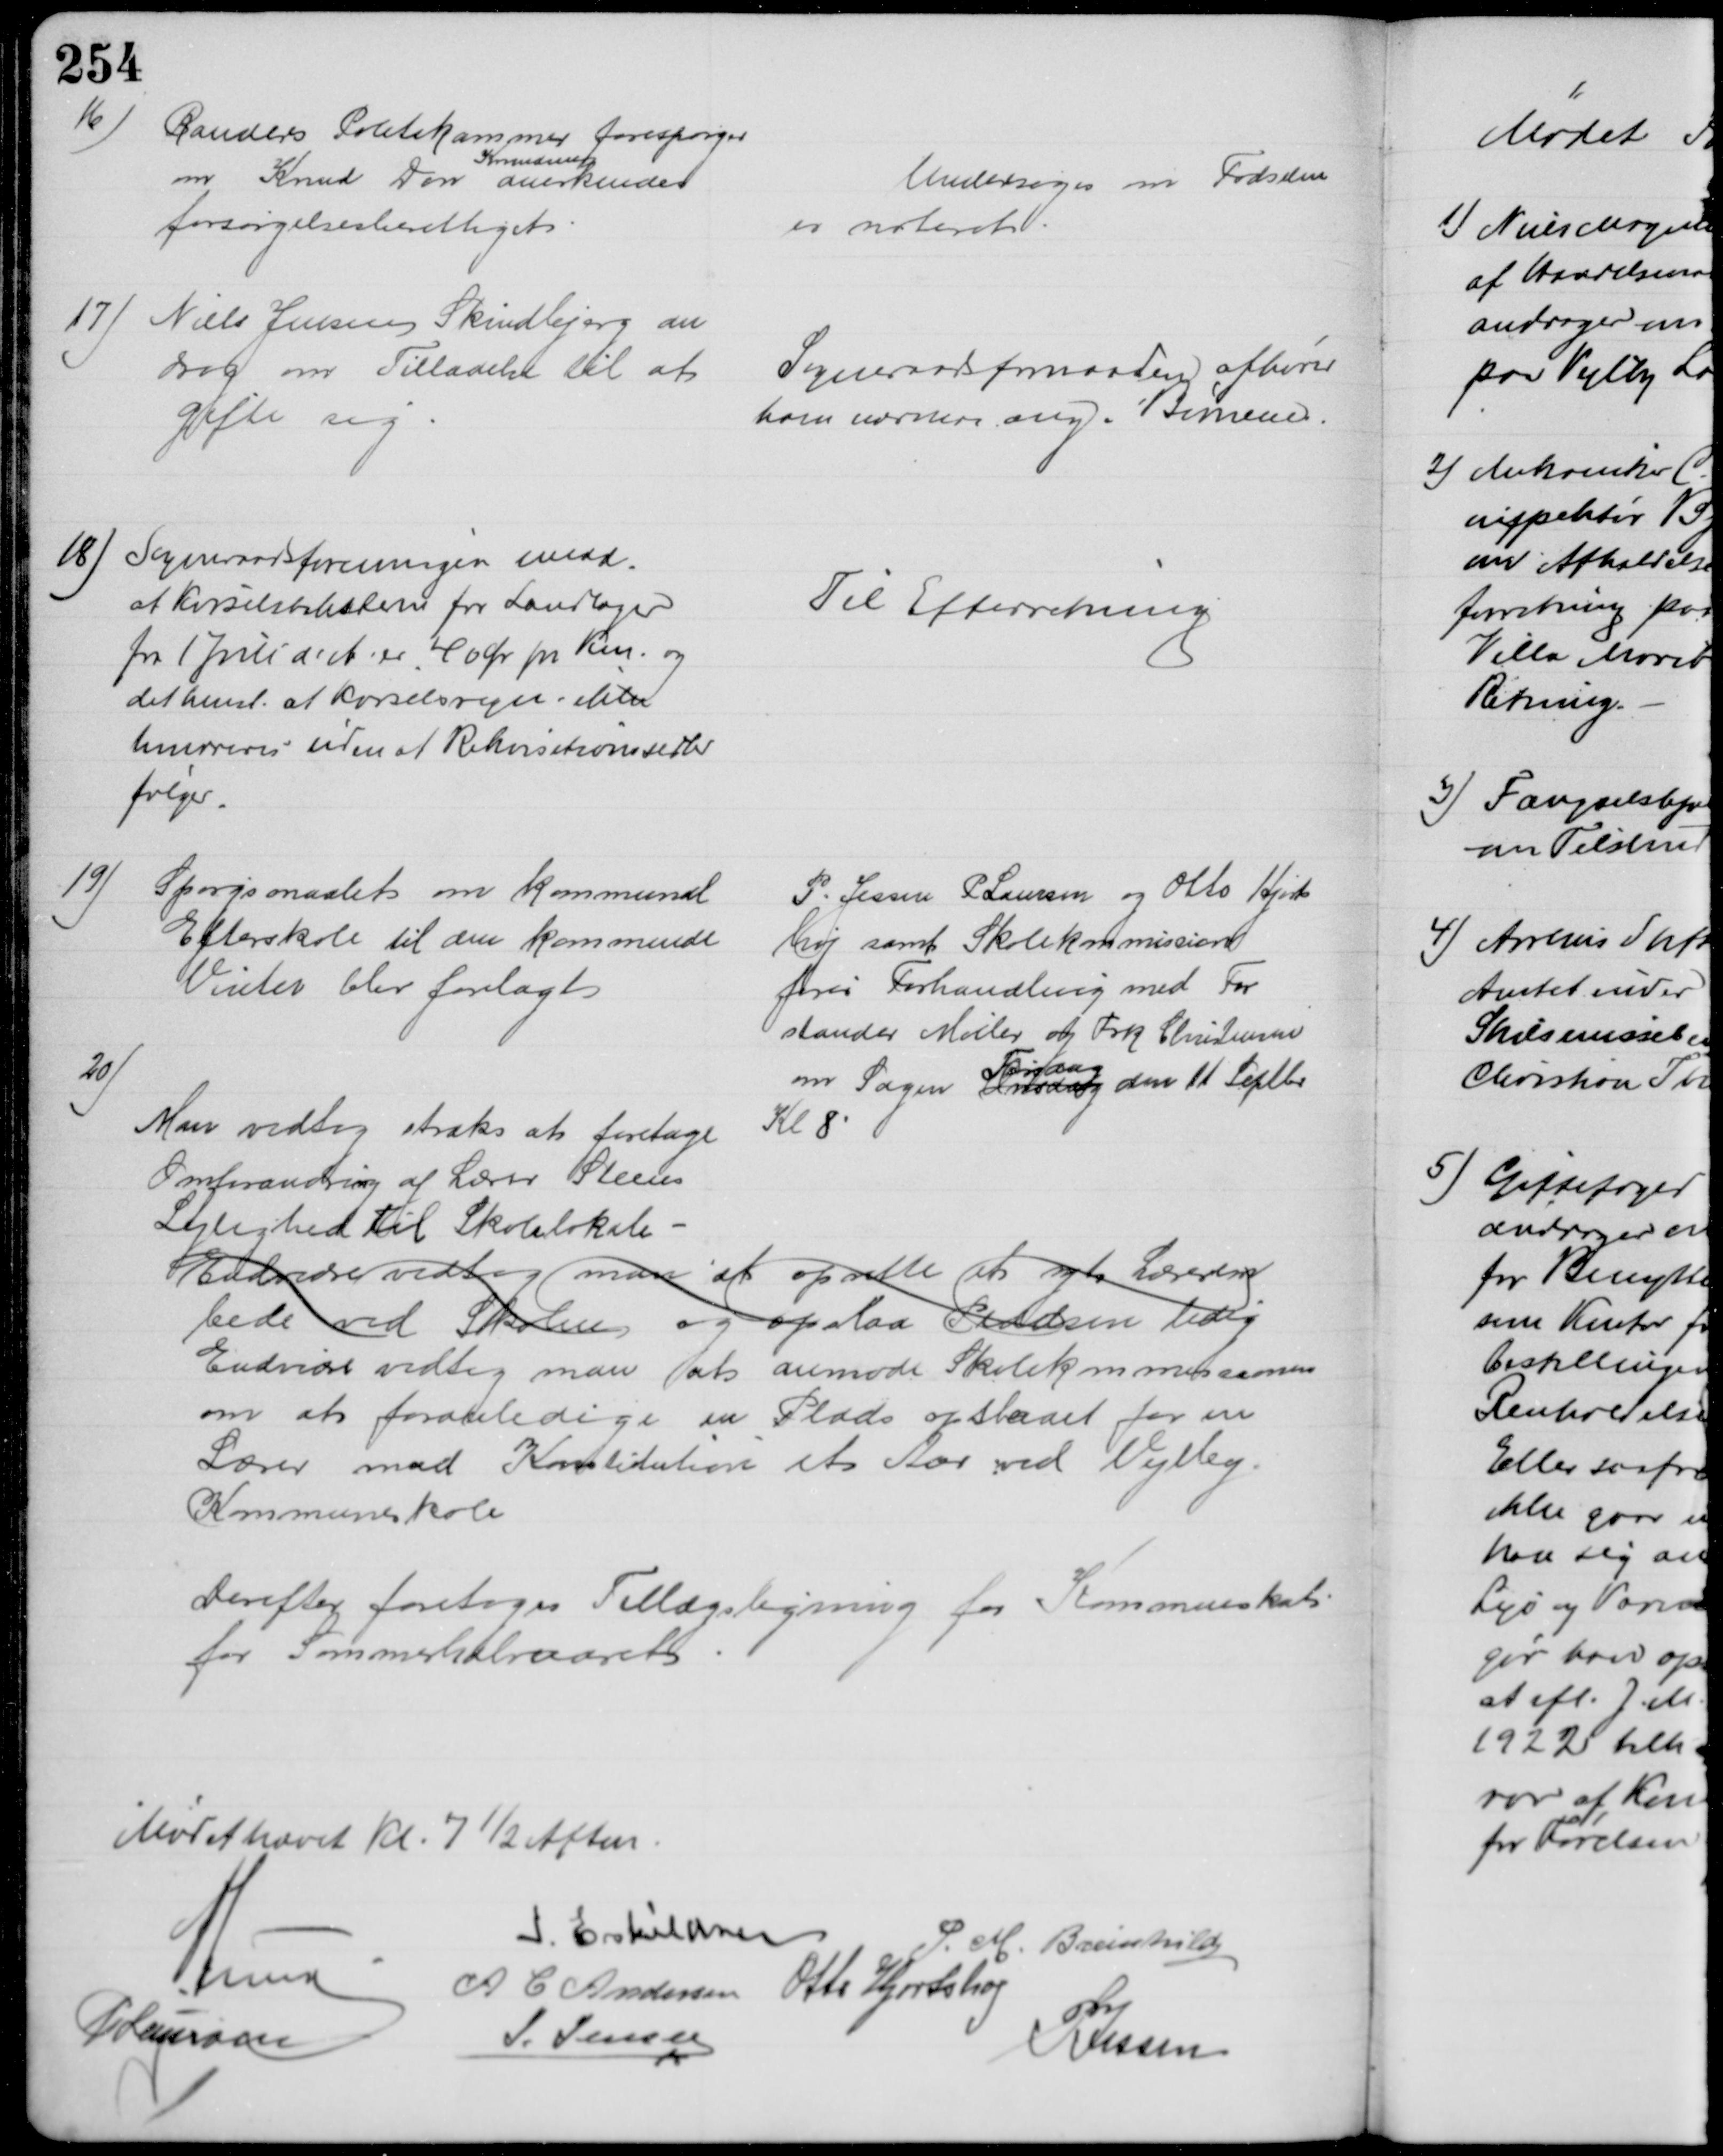
Transskription:
16)
Randers Politikammer forespørger
om Knud Dan 
Knudsen
anerkendes
forsørgelsesberettiget.
Undersøges om Fødselen
er noteret
17)
Niels Jensen Skindbjerg an
drog om Tilladelse til at
gifte sig
Sogneraadsformanden afhører
ham nærmere ang. Børnene.
18) Sogneraadsforeningen medd.
at Kørselstaksterne for Landlæger
fra 1 Juli d. A. er 40 Ør pr Km. og
det henst. at Kørselsregn. ikke
honoreres uden at Rekvisitionssedler
følger.
Til Efterretning
19)
Spørgsmaalet om kommunal
Efterskole til den kommende
Vinter blev forelagt
P. Jessen P Laursen og Otto Hjorts
høj samt Skolekommission
fører Forhandling med For
stander Møller og Frk Christensen
om Sagen Onsdag
Tirsdag
den 11 Septbr
Kl 8
20)
Man vedtog straks at foretage
Omforandring af Lærer Steens
Lejlighed til Skolelokale
Endvidre vedtog man at oprette at nyt Lærerem
bede ved Skolen og opslaa Pladsen ledig
Endvidre vedtog man at anmode Skolekommissionen
om at foranledige en Plads opslaaet for en 
Lærer med Konstitution et Aar ved Vejlby.
Kommuneskole
Derefter foretoges Tillægsligning for Kommuneskat
for Sommerhalvaaret
Mødet hævet Kl. 7½ Aften.
I. Eskildsen
P. M. Breinhild
A Lund
A C Andersen Otto Hjortshøj
P Laursen
J. Jensen
P Jessen